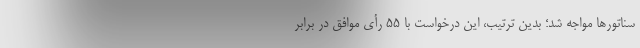
سناتورها مواجه شد؛ بدین ترتیب، این درخواست با ۵۵ رأی موافق در برابر